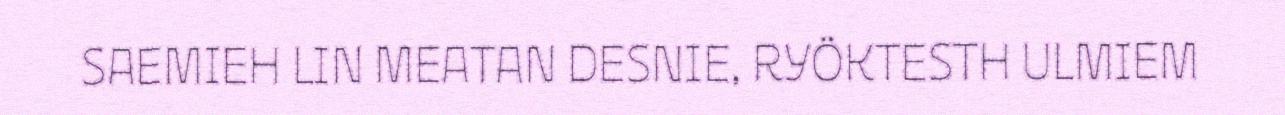
SAEMIEH LIN MEATAN DESNIE, RYÖKTESTH ULMIEM